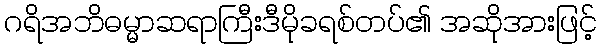
ဂရိအဘိဓမ္မာဆရာကြီးဒီမိုခရစ်တပ်၏ အဆိုအားဖြင့်